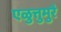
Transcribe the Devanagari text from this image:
एळुत्तुमुरै